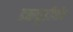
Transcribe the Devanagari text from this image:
डब्ल्यूडीपी४